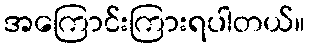
အကြောင်းကြားရပါတယ်။